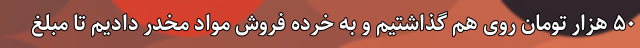
۵۰ هزار تومان روی هم گذاشتیم و به خرده فروش مواد مخدر دادیم تا مبلغ